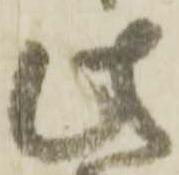
此